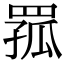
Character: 𦋆